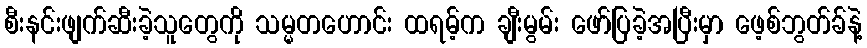
စီးနင်းဖျက်ဆီးခဲ့သူတွေကို သမ္မတဟောင်း ထရမ့်က ချီးမွမ်း ဖော်ပြခဲ့အပြီးမှာ ဖေ့စ်ဘွတ်ခ်နဲ့